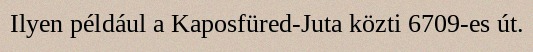
Ilyen például a Kaposfüred-Juta közti 6709-es út.